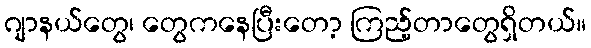
ဂျာနယ်တွေ၊ တွေကနေပြီးတော့ ကြည့်တာတွေရှိတယ်။